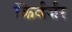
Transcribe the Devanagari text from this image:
किर्बर्जर